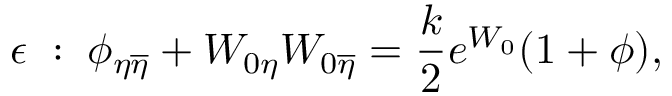
\epsilon \; : \; { \phi } _ { \eta \overline { { { \eta } } } } + W _ { 0 \eta } W _ { 0 \overline { { { \eta } } } } = { \frac { k } { 2 } } e ^ { W _ { 0 } } ( 1 + \phi ) ,